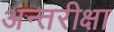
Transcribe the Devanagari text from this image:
अन्तरीक्षा